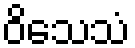
ဝိသေသံ